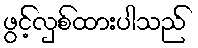
ဖွင့်လှစ်ထားပါသည်